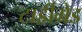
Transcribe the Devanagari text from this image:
टार्डीग्रेड